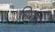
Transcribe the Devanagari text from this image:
सिशान